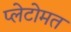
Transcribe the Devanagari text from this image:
प्लेटोमत